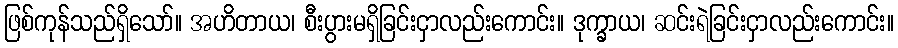
ဖြစ်ကုန်သည်ရှိသော်။ အဟိတာယ၊ စီးပွားမရှိခြင်းငှာလည်းကောင်း။ ဒုက္ခာယ၊ ဆင်းရဲခြင်းငှာလည်းကောင်း။